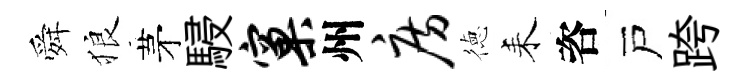
舜狼茅駸窠州房徳耒咨戸跨